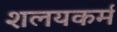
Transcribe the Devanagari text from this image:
शलयकर्म